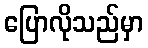
ပြောလိုသည်မှာ